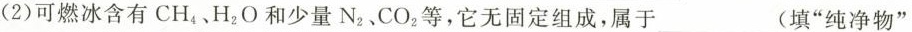
(2)可燃冰含有CH_{4}、H_{2}O和少量N_{2}、CO_{2}等，它无固定组成，属于___(填”纯净物”